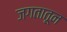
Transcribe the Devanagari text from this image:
जगतातून